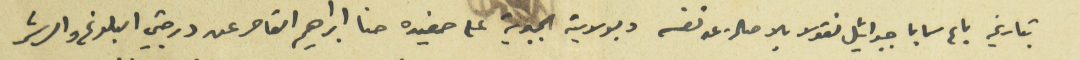
بتاريخه باع سابا جبرائيل نقولا بالاصاله عن نفسه وبولايته الجبرية على حفيده حنا ابراهيم القاصر عن درجتي البلوغ والرشد